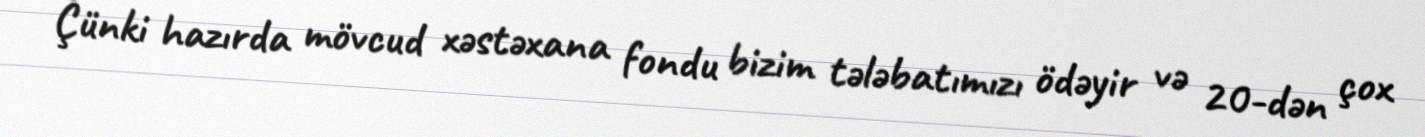
Çünki hazırda mövcud xəstəxana fondu bizim tələbatımızı ödəyir və 20-dən çox